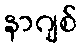
နာဂျစ်